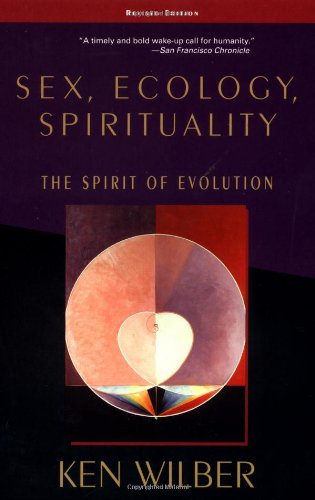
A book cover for Sex, Ecology, Spirituality: The Spirit of Evolution, Second Edition; Ken Wilber; Politics & Social Sciences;